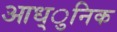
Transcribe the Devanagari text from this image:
आध्ुनिक